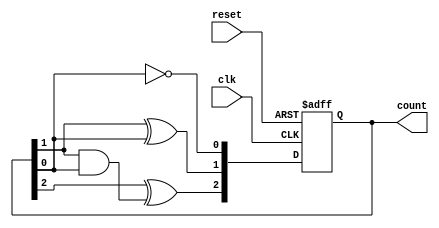
module async_counter (
    input wire clk,       // Clock input
    input wire reset,     // Asynchronous reset input
    output reg [n-1:0] count // Output count
);
    parameter n = 3; // Number of flip-flops (bits)

    // Asynchronous reset and flip-flop behavior
    always @(posedge clk or posedge reset) begin
        if (reset) begin
            count <= 0; // Reset the counter to 0
        end else begin
            count[0] <= ~count[0]; // Toggle LSB
            count[1] <= count[1] ^ count[0]; // Toggle next bit if LSB is 0
            count[2] <= count[2] ^ (count[1] & count[0]); // Toggle MSB if previous bits are 11
            // Extend this pattern for more bits if needed
        end
    end
endmodule